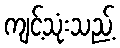
ကျင့်သုံးသည့်